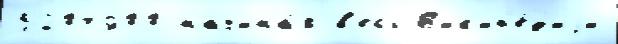
5204900 начина́я в'есь В'ик'ип'е́д'иjи